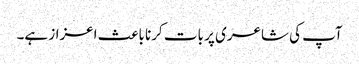
آپ کی شاعری پر بات کرنا باعث اعزاز ہے۔